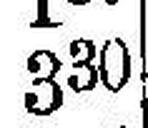
330